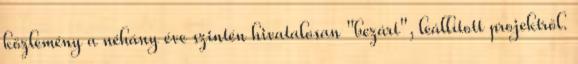
közlemény a néhány éve szintén hivatalosan "bezárt", leállított projektről.